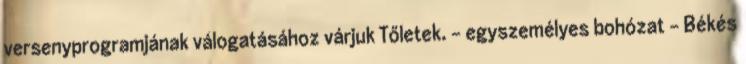
versenyprogramjának válogatásához várjuk Tőletek. - egyszemélyes bohózat - Békés